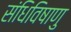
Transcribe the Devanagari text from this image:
संधिविषाणु